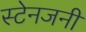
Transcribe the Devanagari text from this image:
स्टेनजनी